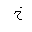
Letter: _kha